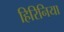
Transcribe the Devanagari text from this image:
हिरिनिया